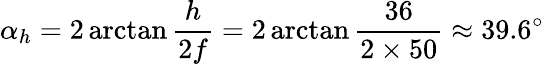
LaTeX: \alpha_{h}=2\arctan{\frac{h}{2f}}=2\arctan{\frac{36}{2\times 50}}\approx 39.6^{\circ}